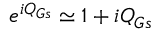
e ^ { i Q _ { G s } } \simeq 1 + i Q _ { G s }